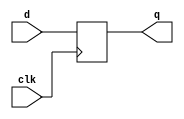
// D Flip Flop

module dff(clk, d, q);
    input    clk;
    input    d;
    output   q;

    reg    	 q;
    
    always @(posedge clk)
    begin
        q <= d;
    end
endmodule